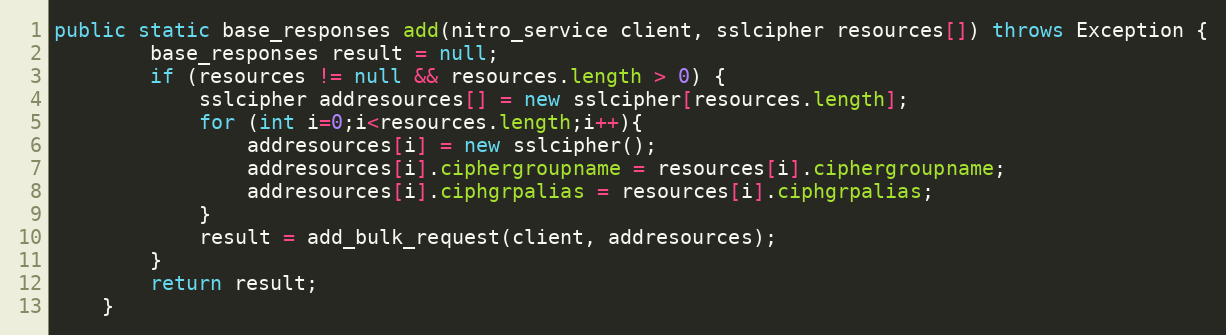
Language: Java
public static base_responses add(nitro_service client, sslcipher resources[]) throws Exception {
		base_responses result = null;
		if (resources != null && resources.length > 0) {
			sslcipher addresources[] = new sslcipher[resources.length];
			for (int i=0;i<resources.length;i++){
				addresources[i] = new sslcipher();
				addresources[i].ciphergroupname = resources[i].ciphergroupname;
				addresources[i].ciphgrpalias = resources[i].ciphgrpalias;
			}
			result = add_bulk_request(client, addresources);
		}
		return result;
	}